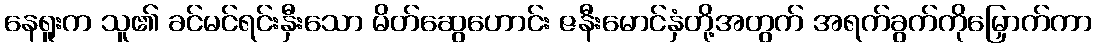
နေရူးက သူ၏ ခင်မင်ရင်းနှီးသော မိတ်ဆွေဟောင်း ဇနီးမောင်နှံတို့အတွက် အရက်ခွက်ကိုမြှောက်ကာ